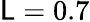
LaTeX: \mathsf{L}=0.7